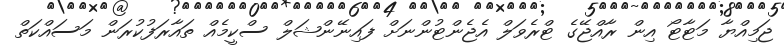
ޖަމިއްޔާ މަޓާޓޯ އިން ރާއްޖޭގެ ޓްރެވަލް އެޖެންޓުންނަށް ފައިނޭންޝަލް ސްކީމެއް ތައާރަފުކުރަން މަސައްކަތް